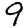
Digit: 9